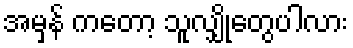
အမှန် ကတော့ သူလျှိုတွေပါလား